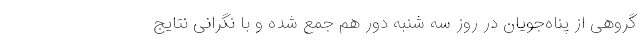
گروهی از پناه‌جویان در روز سه شنبه دور هم جمع شده و با نگرانی نتایج